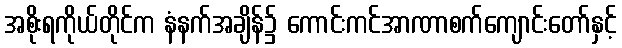
အစိုးရကိုယ်တိုင်က နံနက်အချိန်၌ ကောင်းကင်အာဏာစက်ကျောင်းတော်နှင့်